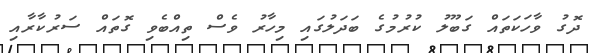
ދޮގު ވާހަކަތައް ގަބޫލު ކުރުމުގެ ބަދަލުގައި މިހާރު ވެސް ތިއްބެވި ގޮތައް ސަރުކާރާއި